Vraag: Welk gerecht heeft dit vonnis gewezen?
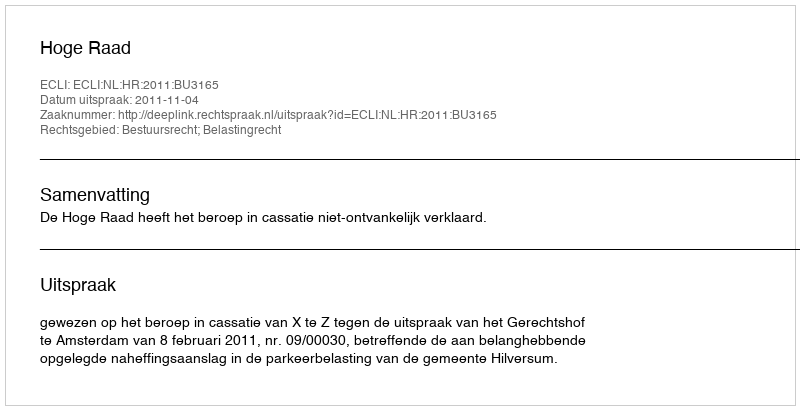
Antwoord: Hoge Raad